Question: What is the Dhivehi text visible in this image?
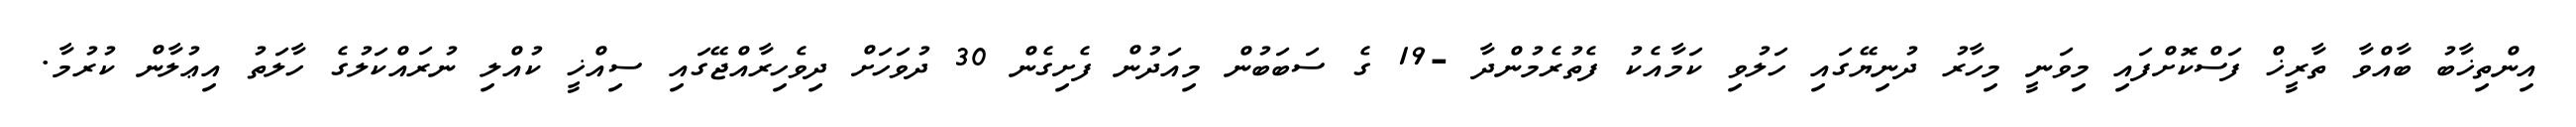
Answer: އިންތިޚާބު ބާއްވާ ތާރީޚް ފަސްކޮށްފައި މިވަނީ މިހާރު ދުނިޔޭގައި ހަލުވި ކަމާއެކު ފެތުރެމުންދާ -19 ގެ ސަބަބުން މިއަދުން ފެށިގެން 30 ދުވަހަށް ދިވެހިރާއްޖޭގައި ސިއްޚީ ކުއްލި ނުރައްކަލުގެ ހާލަތު އިޢުލާން ކުރުމާ.